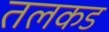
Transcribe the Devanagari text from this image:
तलकड